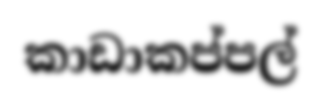
කාඩාකප්පල්